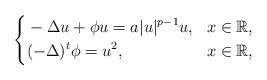
LaTeX: \begin{align*} \left\{ \aligned &-\Delta u+ \phi u=a|u|^{p-1}u,&x\in \mathbb{R},\\ &(-\Delta)^{t} \phi=u^2, &x\in\mathbb{R},\\ \endaligned\right.\end{align*}